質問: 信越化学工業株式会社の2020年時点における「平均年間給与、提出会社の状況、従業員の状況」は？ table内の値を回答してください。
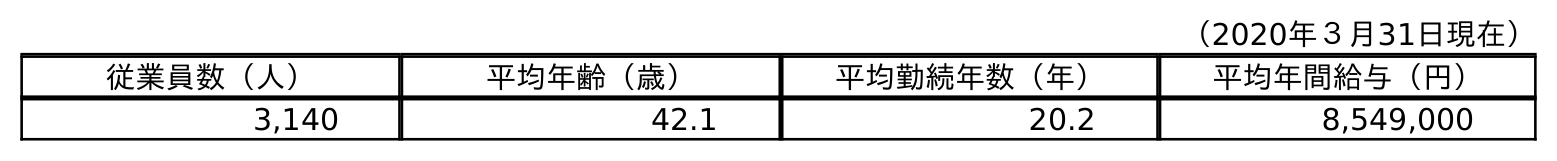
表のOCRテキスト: （2020年３月31日現在） 従業員数（人） 平均年齢（歳） 平均勤続年数（年） 平均年間給与（円） 3,140 42.1 20.2 8,549,000
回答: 8,549,000